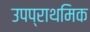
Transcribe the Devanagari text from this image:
उपप्राथमिक